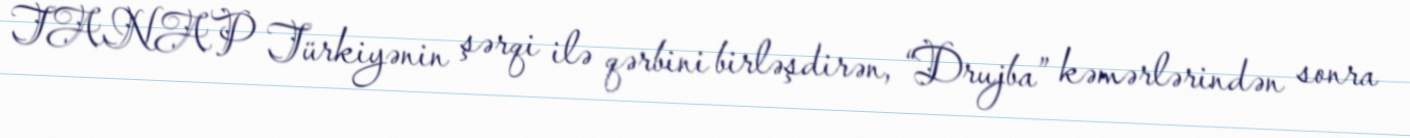
TANAP Türkiyənin şərqi ilə qərbini birləşdirən, “Drujba” kəmərlərindən sonra